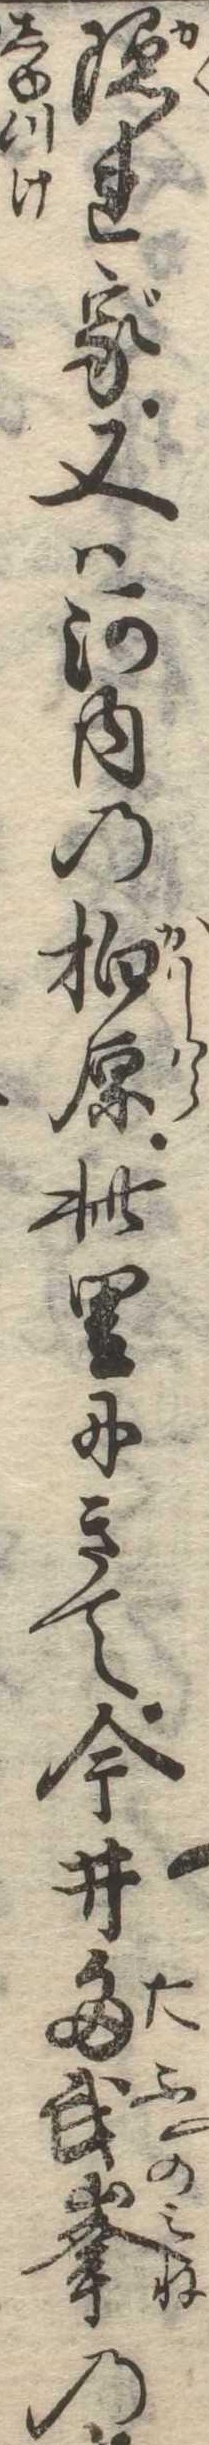
隠れ家又は河内の柏原此里にきて今井多武峰の